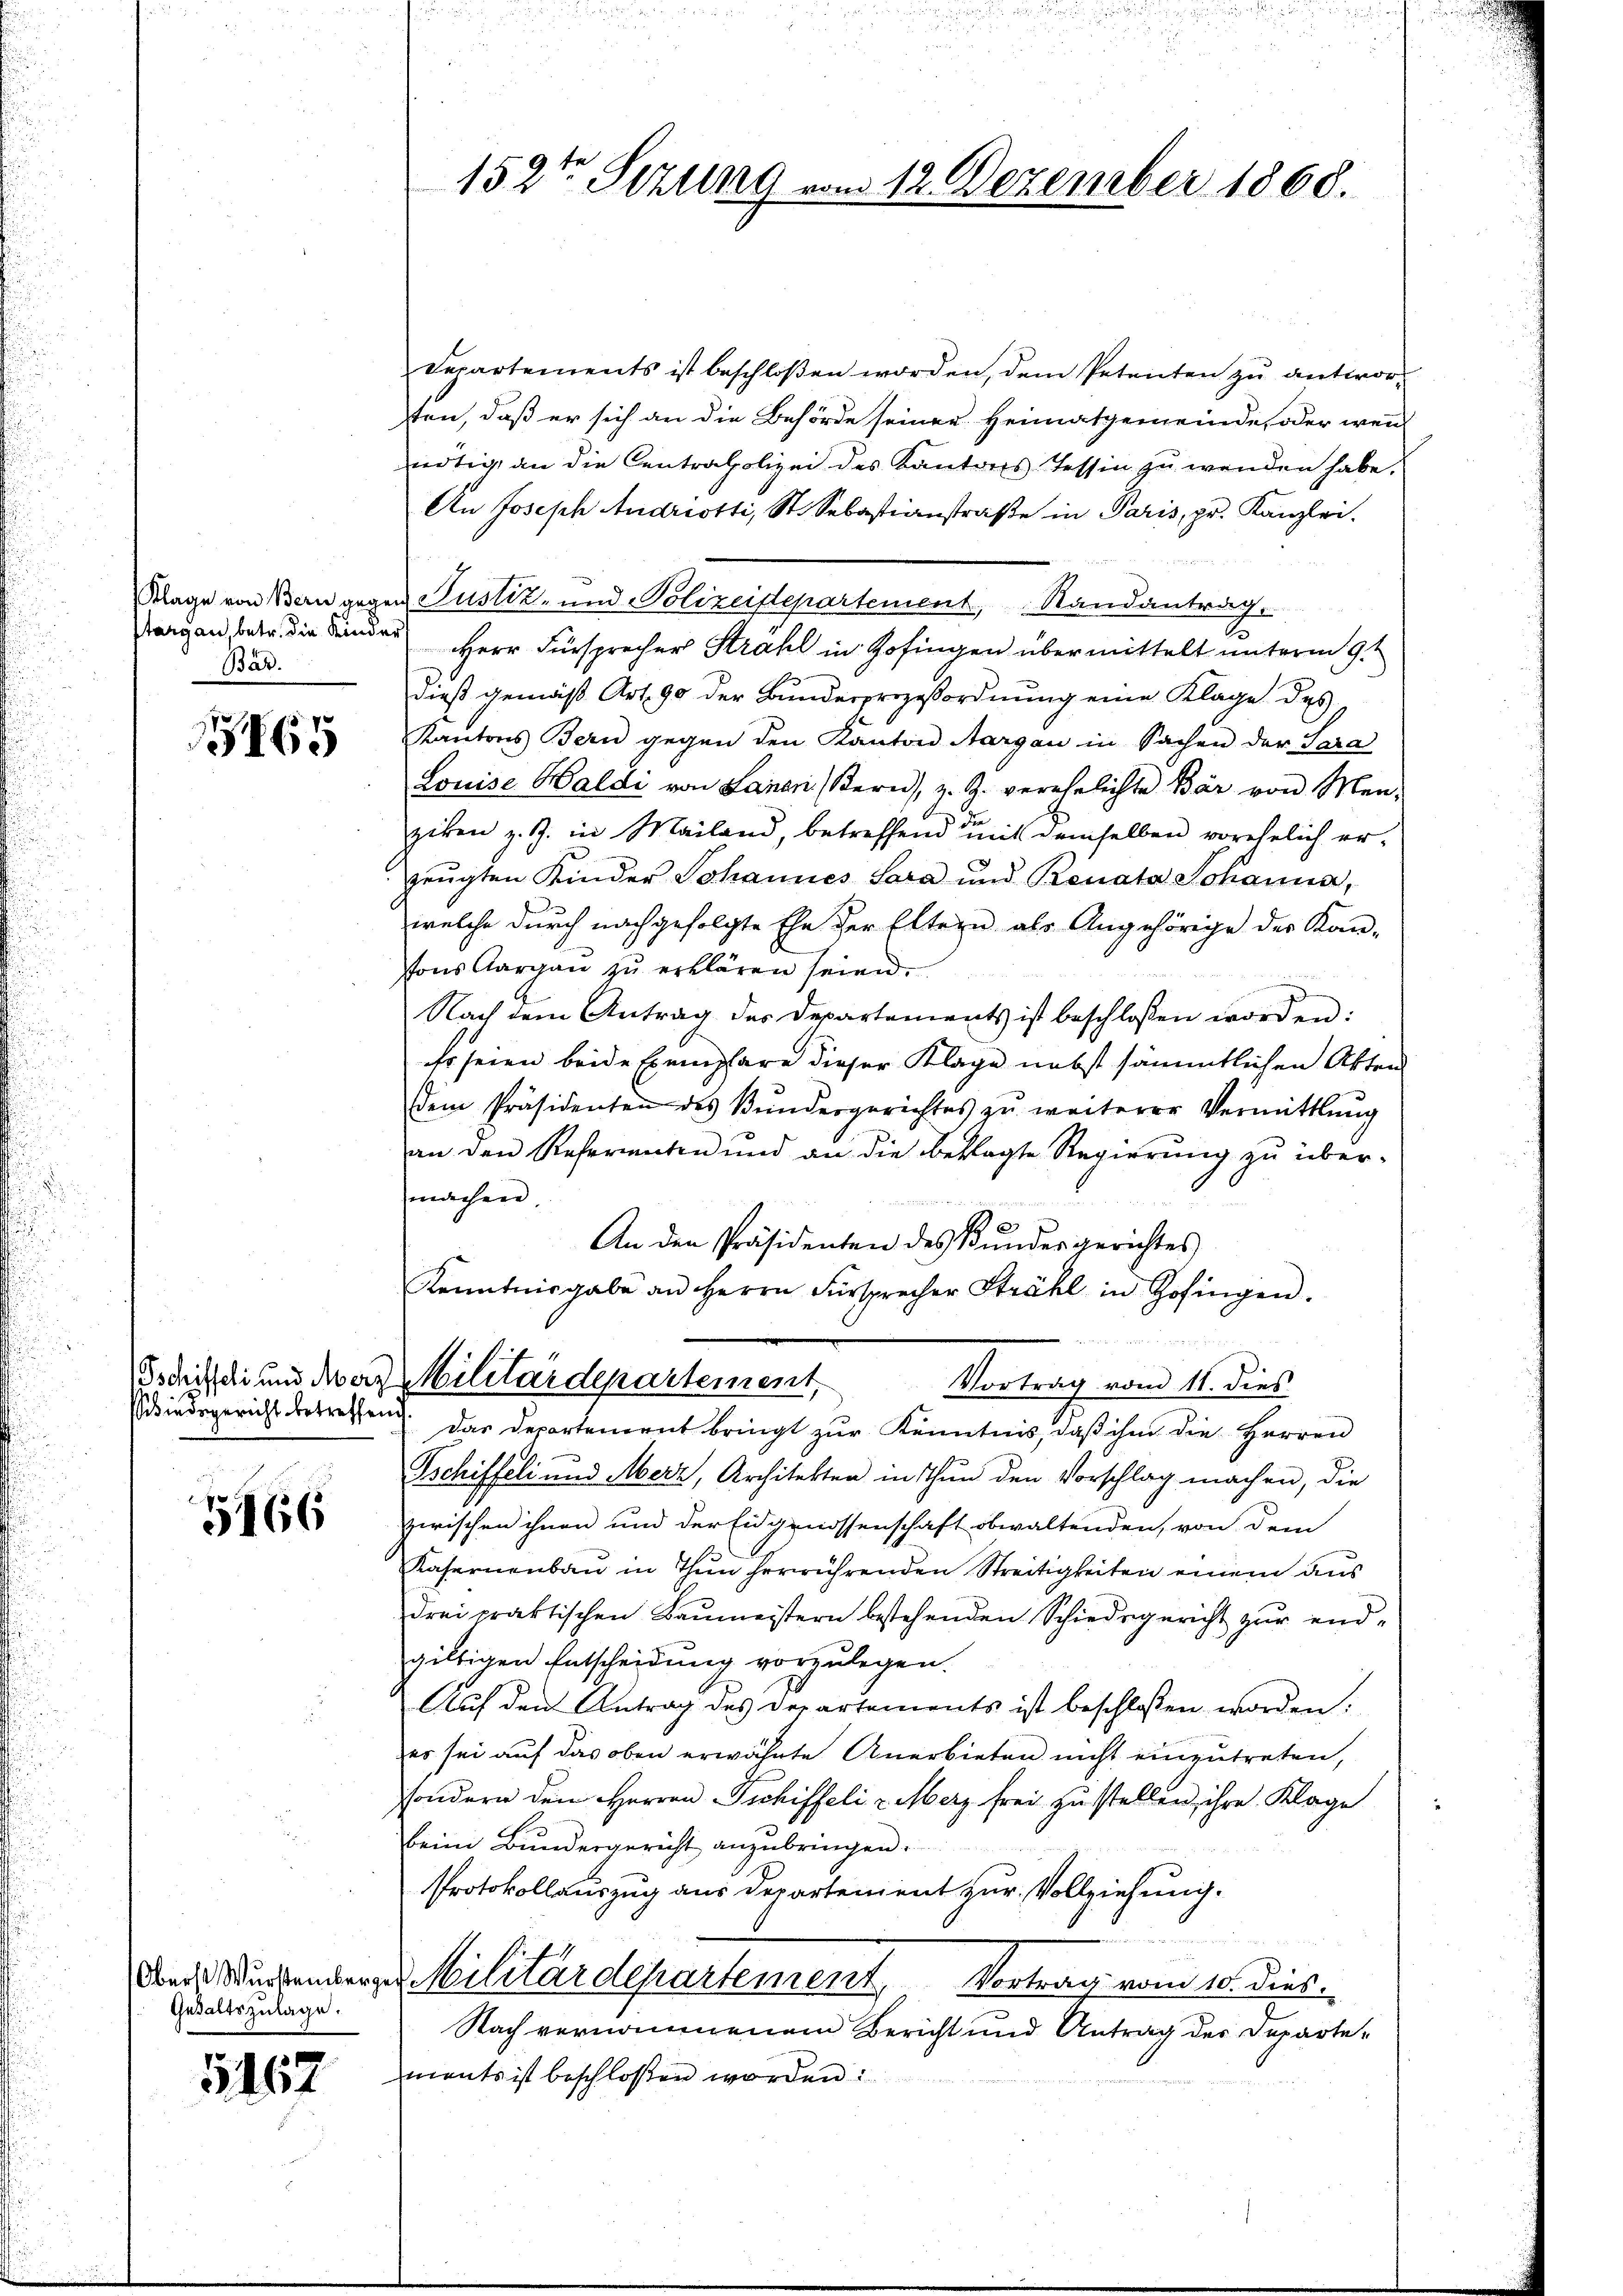
targau betr. die Kinder
Bar.

165

Schiedsgericht betreffend

5466

Oberst Wurstember
Gehaltszulage.

5162

152ten Sizung vom 12. Dezember 1868.

Departements ist beschloßen worden, dem Petenten zŭ antwor
ten, daß er sich an die Behörde seiner Heimatgemeinde, oder wenn
nötig an die Centrafpolizei des Kantons Tessin zu wenden habe.
An Joseph Andriotti, St. Sebastianstraße in Paris, pr. Kanzlei.
u
Klage von Bern gegen Justiz- und Polizeistepartement, Randantrag.
Herr Fürsprecher Strahl in Zofingen übermittelt unterm 9ten
dieß gemäß Art. 90 der Bundesprozeßordnung eine Klage des
Kantons Bern gegen den Kanton Aargau in Sachen der Sara
Louise Haldi von Lanen Kern, z. Z. verehelichte Bär von Men-
ziken z. Z. in Mailand, betreffend mit demselben vorehelich er-
zeŭgten Kinder Johannes Sara und Renata Johanna,
welche durch nachgefolgte Ehe der Eltern als Angehörige der Kan-
tons Aargau zu erklären seien.
Nach dem Antrag des Departements ist beschlossen worden:
Er seien beide Exemplare dieser Klage nebst sämmtlichen Akten
dem Präsidenten des Bŭndesgerichtes zŭ weiterer Vermittlung
an den Referaten und an die beklagte Regierŭng zŭ über-
machen,
An den Präsidenten des Kundesgerichtes
Kenntnisgabe an Herrn Fürsprecher Strahl in Zofingen.
Tschifschi und das Militärdepartement,
Vortrag vom 11. dies
Das Departement bringt zur Kenntnis, daß ihm die Herren
Tschiffeli und Merz, Architekten in Thun den Vorschlag machen, die
zwischen ihnen und der Eidgenossenschaft obwaltenden, von dem
Kafernenbau in Thun herrührenden Streitigkeiten einem aus
drei praktischen Baŭmeistern bestehenden Schiedergericht zur endgiltigen Entscheidung vorzulegen.
Auf den Antrag des Departements ist beschlossen worden:
es sei auf das oben erwähnte Anerbieten nicht einzutreten,
ssondern den Herren Tschiffelix Merz frei zu stellen, ihre Klage
beim Bundesgericht anzubringen.
Protokollauszug aus Departement zur Vollziehung.
 Militärdepartement, Vortrag vom 10. dies
Nach vernommenem Bericht und Antrag der Departemants ist beschlossen worden: